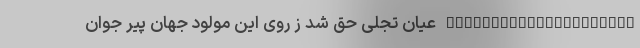
_____________________ عیان تجلّى حق شد ز روى این مولود جهان پیر جوان